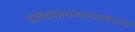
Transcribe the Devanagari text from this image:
फोटोलावण्यामागची